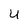
Character: U